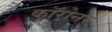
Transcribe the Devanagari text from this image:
कॉरोनर